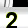
Digit: 2